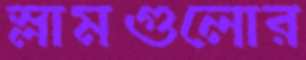
স্লামগুলোর